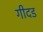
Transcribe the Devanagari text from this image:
गीदड